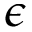
\epsilon